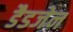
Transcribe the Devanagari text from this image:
डैडजेन